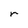
Character: r